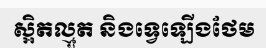
ស្អិតល្មួត និងទ្វេឡើងថែម